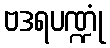
ဗဒရပဏ္ဍုံ